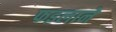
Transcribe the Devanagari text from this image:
फइलाने